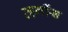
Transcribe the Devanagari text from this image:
व्हर्गीस